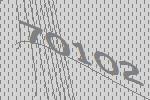
70102